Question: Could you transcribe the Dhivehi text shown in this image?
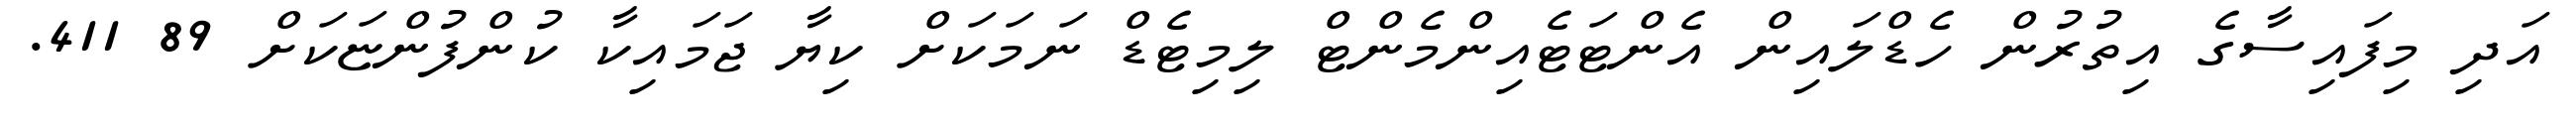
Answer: އަދި މިފައިސާގެ އިތުރުން ހެޑްލައިން އެންޓަޓެއިންމެންޓް ލިމިޓެޑް ނަމަކަށް ކިޔާ ޖަމައިކާ ކުންފުންޏަކަށް 89 411.